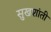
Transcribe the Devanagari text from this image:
सुखशांती